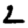
Digit: 2